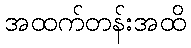
အထက်တန်းအထိ